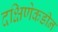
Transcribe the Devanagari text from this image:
दक्षिणेकडीन